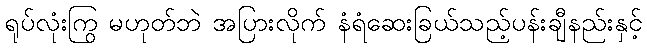
ရုပ်လုံးကြွ မဟုတ်ဘဲ အပြားလိုက် နံရံဆေးခြယ်သည့်ပန်းချီနည်းနှင့်